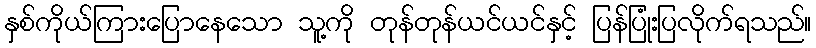
နှစ်ကိုယ်ကြားပြောနေသော သူ့ကို တုန်တုန်ယင်ယင်နှင့် ပြန်ပြုံးပြလိုက်ရသည်။